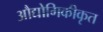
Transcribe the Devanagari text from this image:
औद्योगिकीकृत